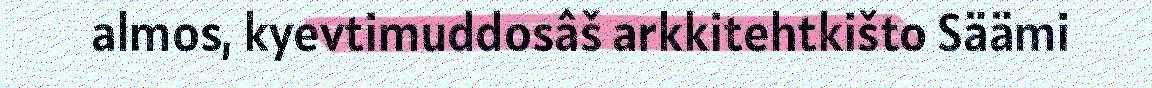
almos, kyevtimuddosâš arkkitehtkišto Säämi